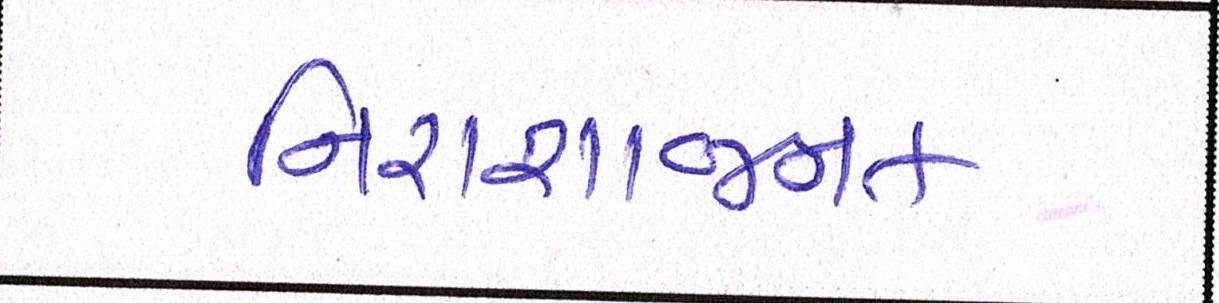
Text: નિરાશાજનક